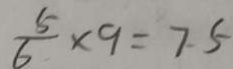
\frac { 5 } { 6 } \times 9 = 7 . 5